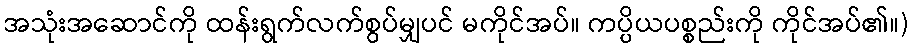
အသုံးအဆောင်ကို ထန်းရွက်လက်စွပ်မျှပင် မကိုင်အပ်။ ကပ္ပိယပစ္စည်းကို ကိုင်အပ်၏။)